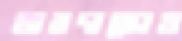
ভারদাস্কোও